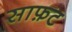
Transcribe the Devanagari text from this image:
साफ़ट